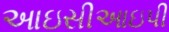
આઇસીઆઇપી